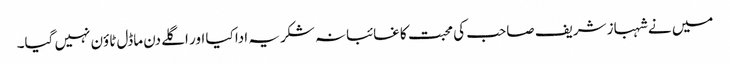
میں نے شہباز شریف صاحب کی محبت کا غائبانہ شکریہ ادا کیا اور اگلے دن ماڈل ٹاؤن نہیں گیا۔